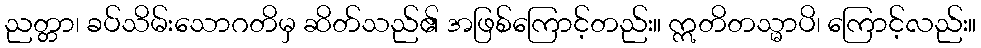
ညတ္တာ၊ ခပ်သိမ်းသောဂတိမှ ဆိတ်သည်၏ အဖြစ်ကြောင့်တည်း။ ဣတိတသ္မာပိ၊ ကြောင့်လည်း။